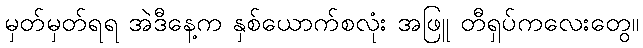
မှတ်မှတ်ရရ အဲဒီနေ့က နှစ်ယောက်စလုံး အဖြူ တီရှပ်ကလေးတွေ။